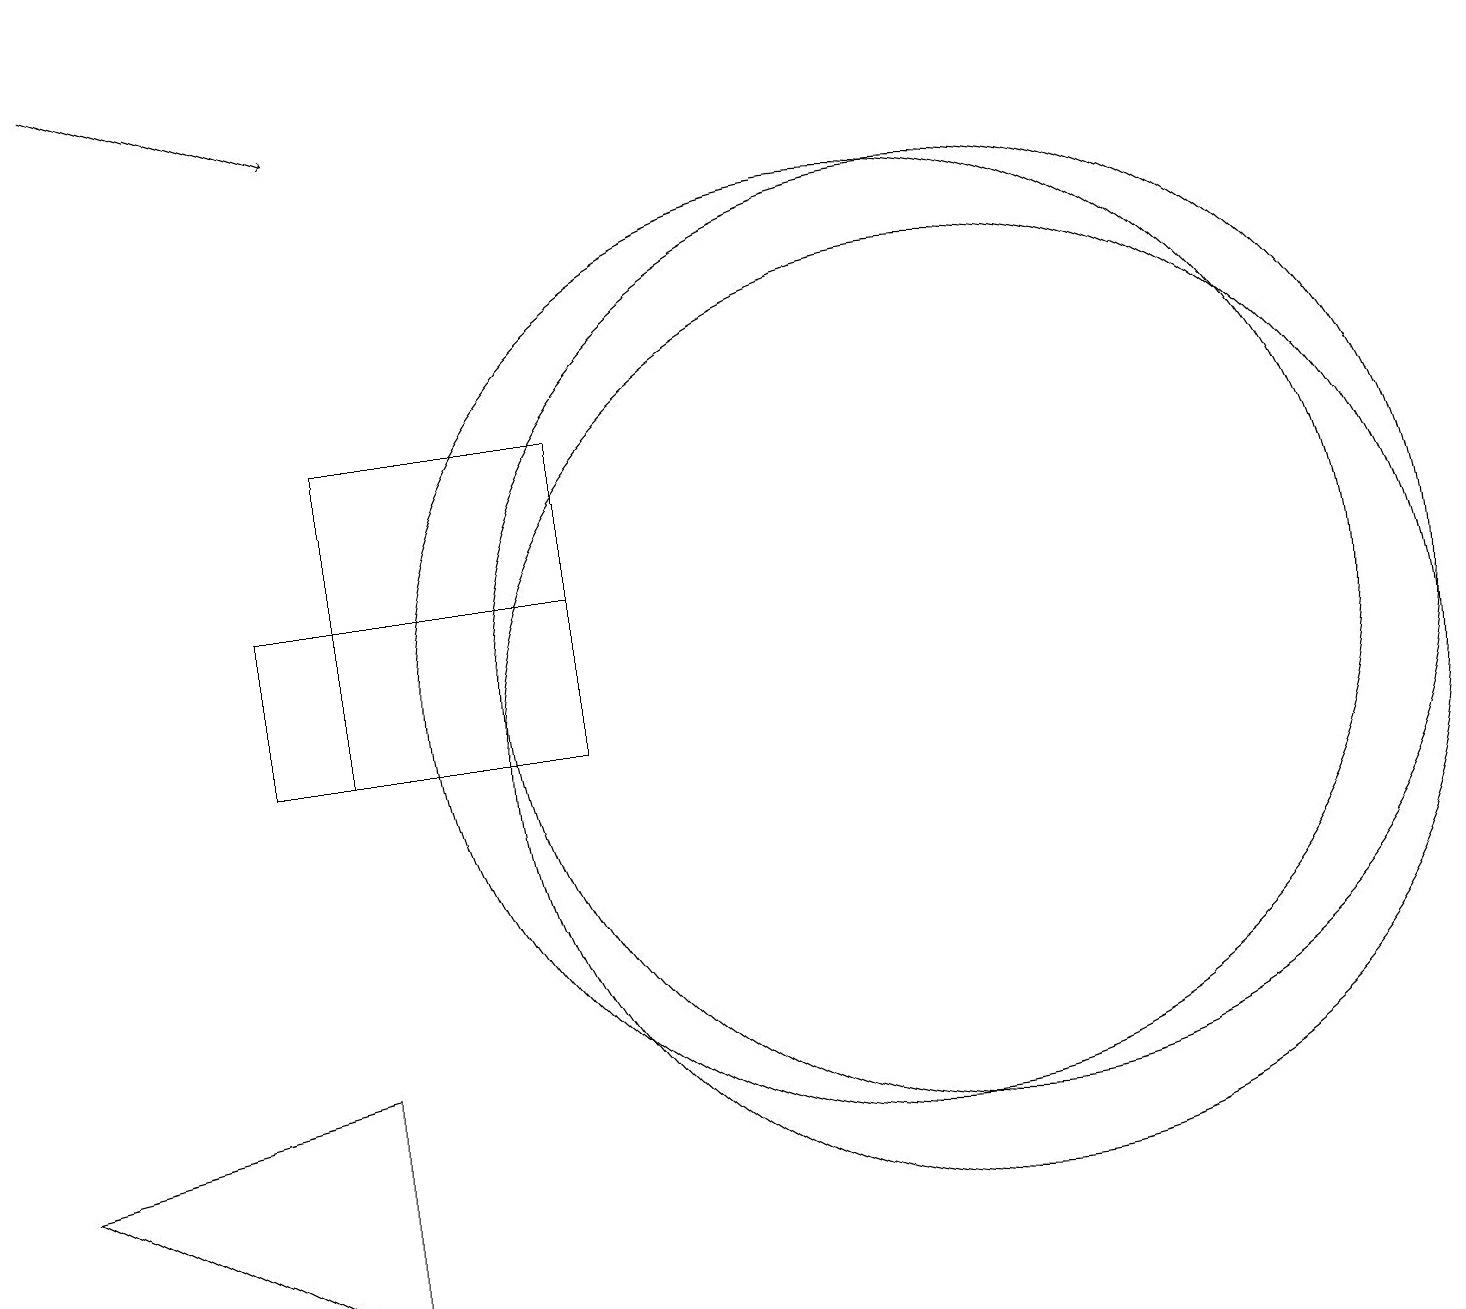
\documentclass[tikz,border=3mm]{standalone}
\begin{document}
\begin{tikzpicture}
\draw (7,14) rectangle (4,10);
\draw (12,11) circle (6);
\draw (11,11) circle (6);
\draw[->] (1,19) -- (4,18);
\draw (12,10) circle (6);
\draw (7,12) rectangle (3,10);
\draw (11,12) circle (0);
\draw (4,3) -- (4,6) -- (0,5) -- cycle;
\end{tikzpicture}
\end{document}